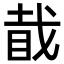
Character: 𥅰